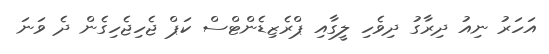
އަހަރު ނިއު ދިރާގު ދިވެހި ލީގާއި ޕްރެޒިޑެންޓްސް ކަޕް ޖެހިޖެހިގެން ދެ ވަނަ